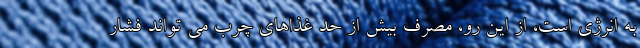
به انرژی است، از این رو، مصرف بیش از حد غذاهای چرب می تواند فشار